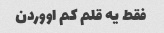
فقط یه قلم کم اووردن